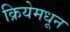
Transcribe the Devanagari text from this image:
क्रियेमधून